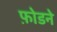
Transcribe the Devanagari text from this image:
फ़ोडने